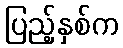
ပြည့်နှစ်က